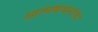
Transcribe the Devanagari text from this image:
आत्मकथनांचा